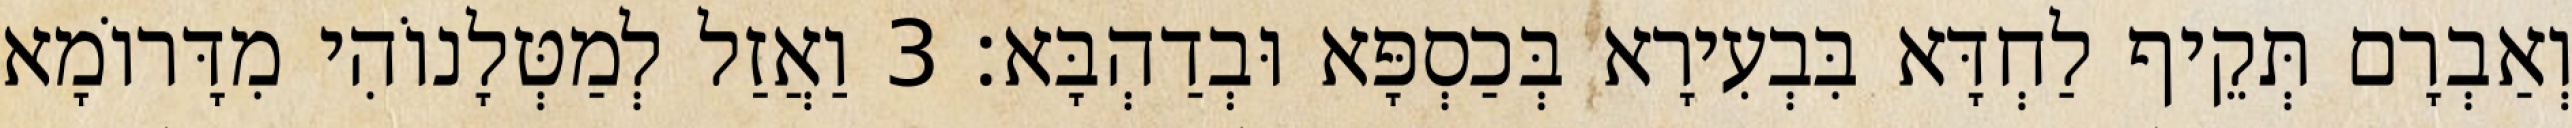
וְאַבְרָם תְּקֵיף לַחְדָּא בִּבְעִירָא בְּכַסְפָּא וּבְדַהְבָּא׃ 3 וַאֲזַל לְמַטְּלָנוֹהִי מִדָּרוֹמָא